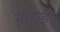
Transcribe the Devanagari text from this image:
थारूहट